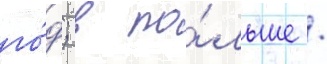
го́д; в по́льше /